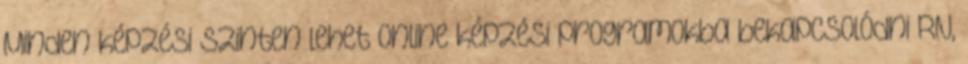
Minden képzési szinten lehet online képzési programokba bekapcsolódni RN,